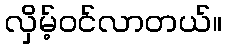
လှိမ့်ဝင်လာတယ်။